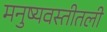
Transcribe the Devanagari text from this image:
मनुष्यवस्तीतली